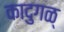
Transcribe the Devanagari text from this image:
कादुगळ्